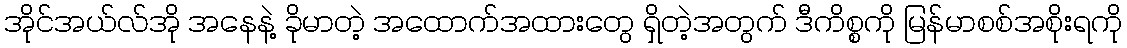
အိုင်အယ်လ်အို အနေနဲ့ ခိုမာတဲ့ အထောက်အထားတွေ ရှိတဲ့အတွက် ဒီကိစ္စကို မြန်မာစစ်အစိုးရကို